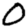
Digit: 0